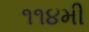
૧૧૪મી